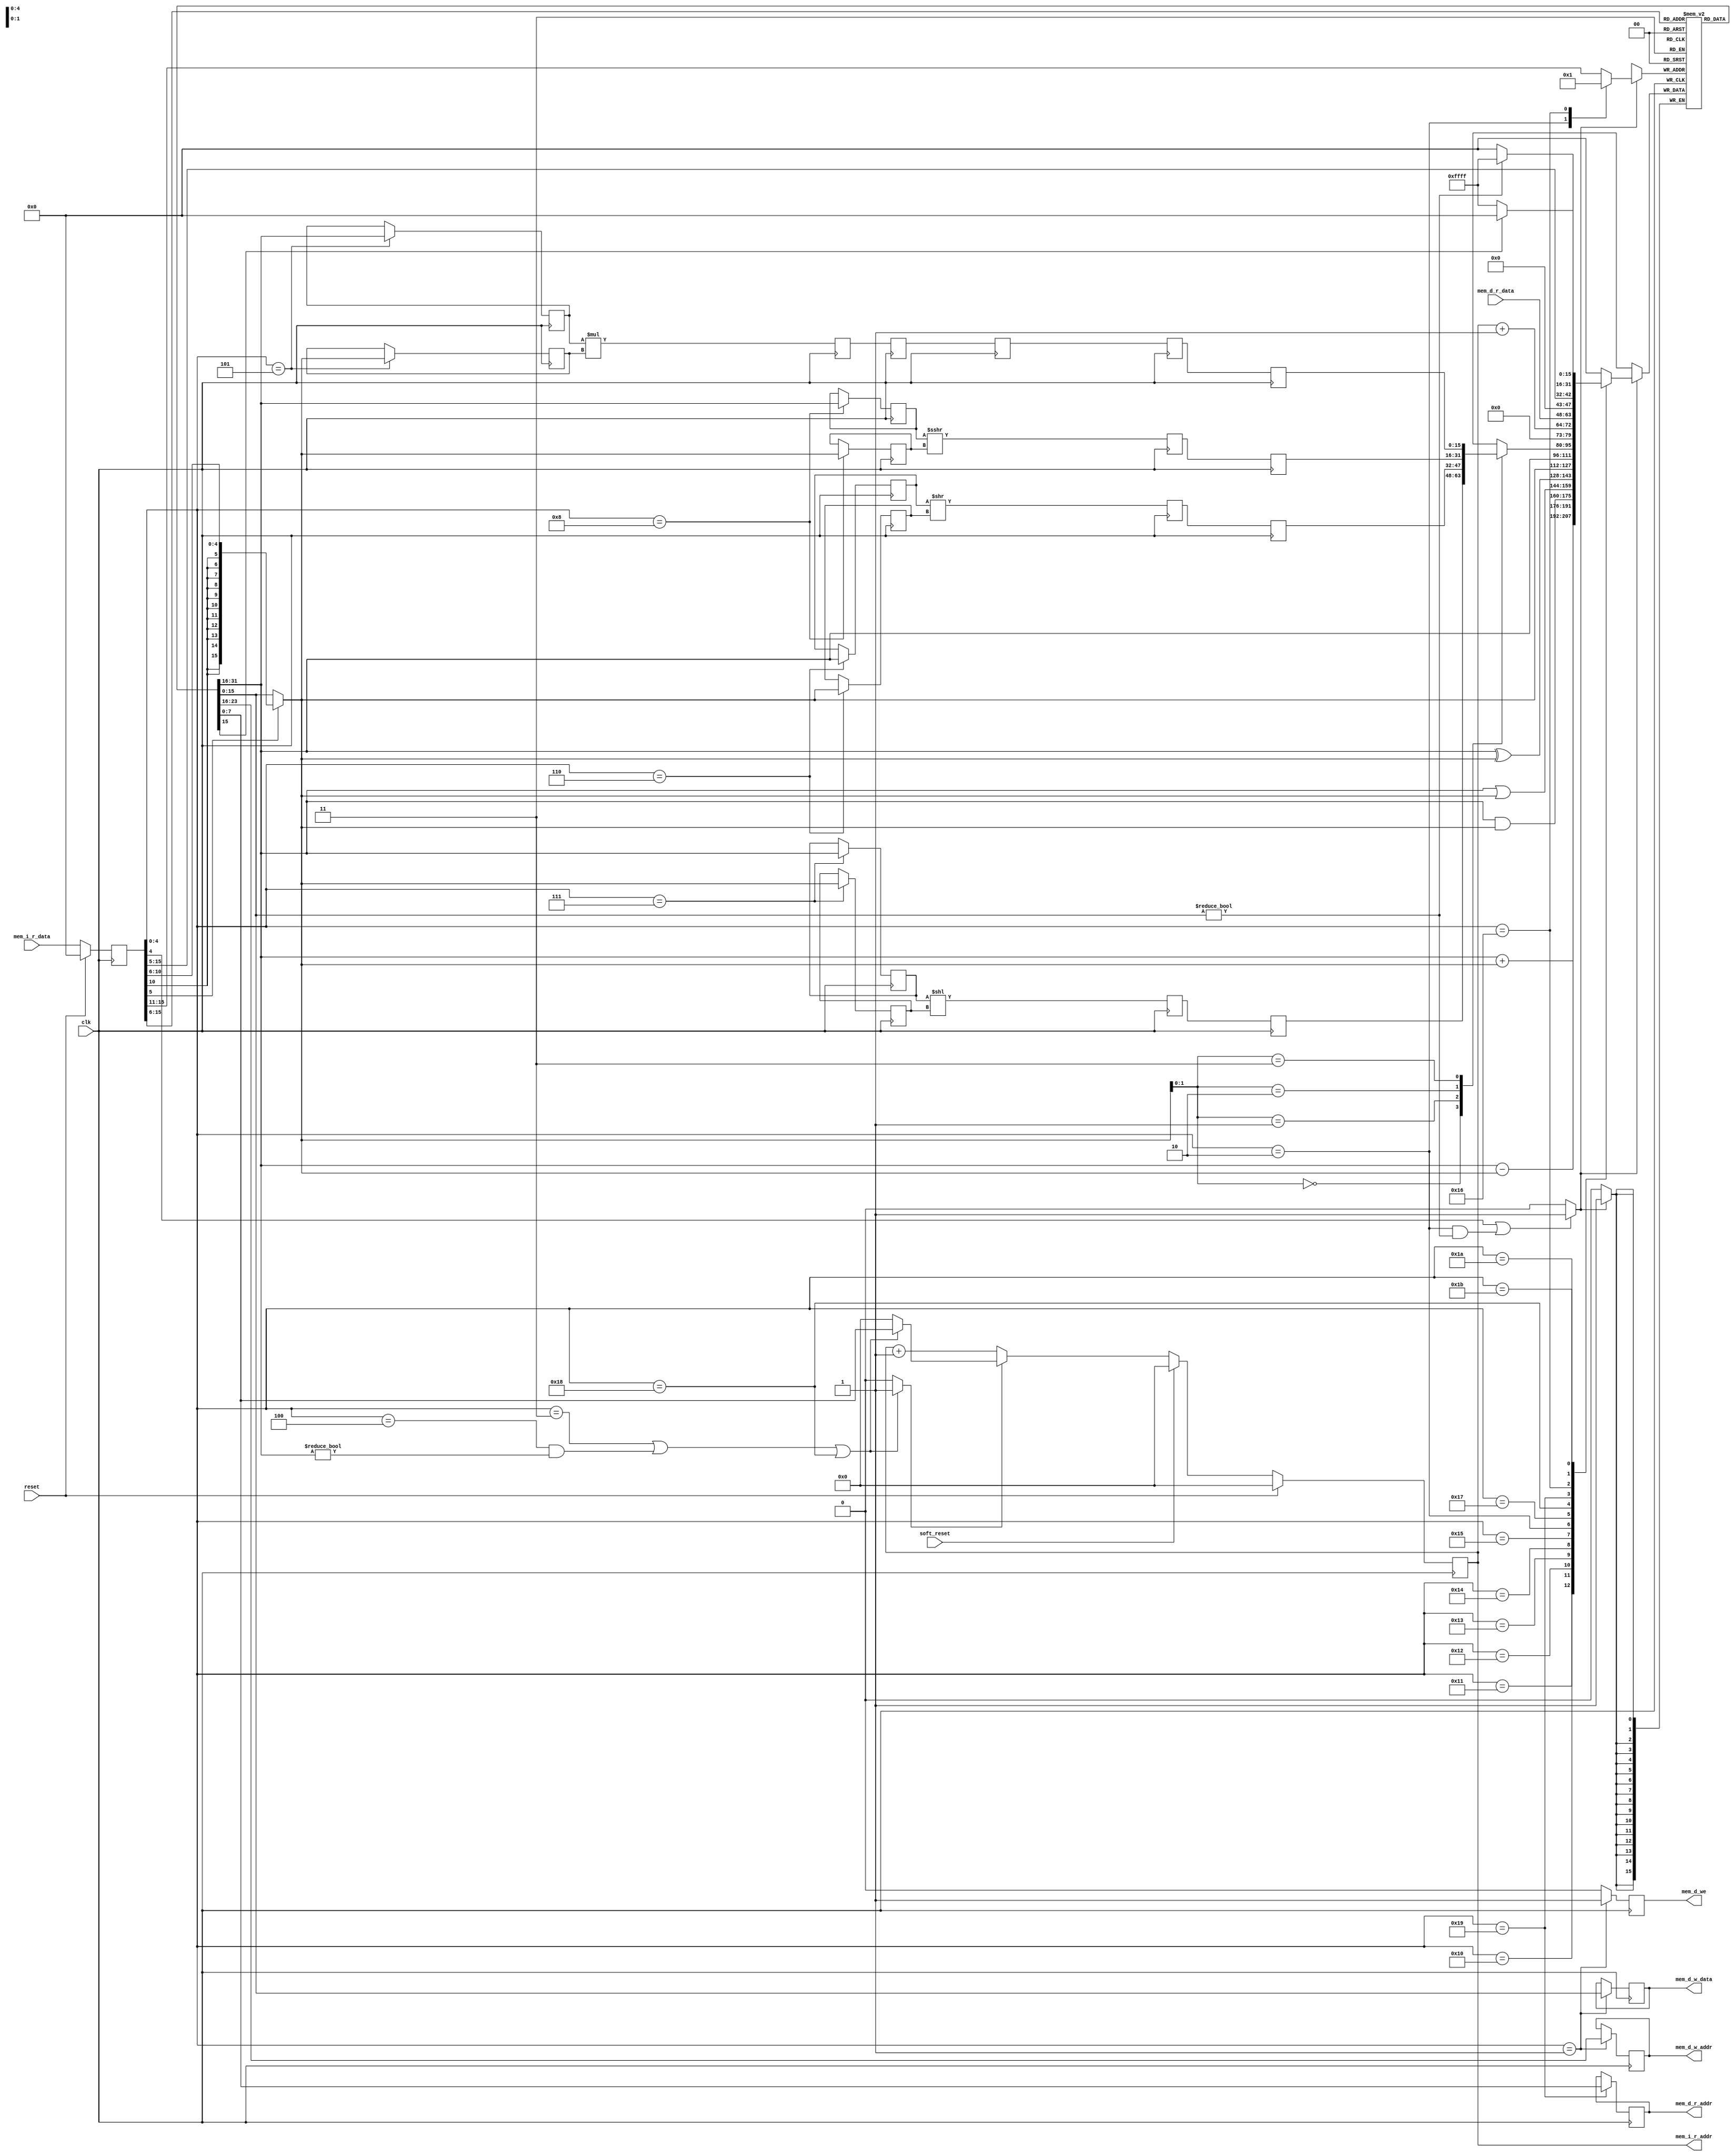
module mini16sc_cpu
  #(
    parameter WIDTH_I = 16,
    parameter WIDTH_D = 16,
    parameter DEPTH_I = 8,
    parameter DEPTH_D = 8,
    parameter DEPTH_REG = 5
    )
  (
   input                    clk,
   input                    reset,
   input                    soft_reset,
   output reg [DEPTH_I-1:0] mem_i_r_addr,
   input [WIDTH_I-1:0]      mem_i_r_data,
   output reg [DEPTH_D-1:0] mem_d_r_addr,
   input [WIDTH_D-1:0]      mem_d_r_data,
   output reg [DEPTH_D-1:0] mem_d_w_addr,
   output reg [WIDTH_D-1:0] mem_d_w_data,
   output reg               mem_d_we
   );

  localparam TRUE = 1'b1;
  localparam FALSE = 1'b0;
  localparam ONE = 1'd1;
  localparam ZERO = 1'd0;
  localparam FFFF = {WIDTH_D{1'b1}};
  localparam SHIFT_BITS = $clog2(WIDTH_D);
  localparam DEPTH_OPERAND = 5;
  localparam MUL_DELAY = 3;
  localparam BL_OFFSET = 1'd1;

  // opcode
  // reg_we: FALSE
  localparam I_NOP  = 5'h00;
  localparam I_ST   = 5'h01;
  localparam I_MVC  = 5'h02;
  localparam I_BA   = 5'h03;
  localparam I_BC   = 5'h04;
  localparam I_MUL  = 5'h05;
  localparam I_SR   = 5'h06;
  localparam I_SL   = 5'h07;
  localparam I_SRA  = 5'h08;
  // reg_we: TRUE
  localparam I_ADD  = 5'h10;
  localparam I_SUB  = 5'h11;
  localparam I_AND  = 5'h12;
  localparam I_OR   = 5'h13;
  localparam I_XOR  = 5'h14;
  localparam I_MV   = 5'h15;
  localparam I_MVIL = 5'h16;
  localparam I_MVS  = 5'h17;
  localparam I_BL   = 5'h18;
  localparam I_LD   = 5'h19;
  localparam I_CNZ  = 5'h1a;
  localparam I_CNM  = 5'h1b;

  localparam SP_REG_MVC = 0;
  localparam SP_REG_MVIL = 1;

  reg [WIDTH_I-1:0]        inst;
  wire [DEPTH_OPERAND-1:0] ol_d;
  wire [DEPTH_OPERAND-1:0] ol_a;
  wire [10:0]              im_l;
  wire                     is_im;
  wire [4:0]               op;
  reg                      do_jump;
  reg [DEPTH_I-1:0]        jump_addr;
  reg [WIDTH_D-1:0]        reg_data_w;
  reg [WIDTH_D-1:0]        reg_data_r_d;
  reg [WIDTH_D-1:0]        reg_data_r_a;
  wire [WIDTH_D-1:0]       reg_addr_a;
  reg [DEPTH_REG-1:0]      reg_addr_w;
  reg                      reg_we;
  reg [WIDTH_D-1:0]        alu_din_d,  alu_din_a;
  reg [WIDTH_D-1:0]        result_sl,  sl_pd,  sl_pa,  sl_b;
  reg [WIDTH_D-1:0]        result_sr,  sr_pd,  sr_pa,  sr_b;
  reg [WIDTH_D-1:0]        result_sra, sra_pd, sra_pa, sra_b;
  reg [WIDTH_D-1:0]        result_mul, mul_pd, mul_pa;
  reg [WIDTH_D-1:0]        mul_b [0:MUL_DELAY];
  reg [WIDTH_D-1:0]        regfile [0:(1<<DEPTH_REG)-1];
  reg [WIDTH_D-1:0]        reg_sp [0:3];
  reg                      reg_a_nz;
  reg                      reg_a_nm;
  integer                  i;

  assign ol_d = inst[15:11];
  assign ol_a = inst[10:6];
  assign is_im = inst[5];
  assign op = inst[4:0];
  assign im_l = inst[15:5];

  always @*
  begin
    // register read
    reg_data_r_d = regfile[ol_d];
    reg_data_r_a = regfile[ol_a];

    reg_a_nz = (reg_data_r_a != ZERO);
    reg_a_nm = (reg_data_r_a[WIDTH_D-1] == 1'b0);

    // register write
    case (op)
      I_MVC:   reg_addr_w = SP_REG_MVC;
      I_MVIL:  reg_addr_w = SP_REG_MVIL;
      default: reg_addr_w = ol_d;
    endcase
    if ((op[4] == TRUE) || ((op == I_MVC) && (reg_a_nz == TRUE)))
      reg_we = TRUE;
    else
      reg_we = FALSE;

    // branch
    if ((op == I_BA) || ((op == I_BC) && (reg_data_r_d != ZERO)) || (op == I_BL))
    begin
      do_jump = TRUE;
      jump_addr = reg_data_r_a;
    end
    else
    begin
      do_jump = FALSE;
      jump_addr = ZERO;
    end

    // ALU
    alu_din_d = reg_data_r_d;
    if (is_im == TRUE)
      alu_din_a = $signed(ol_a);
    else
      alu_din_a = reg_data_r_a;

    case (op)
      I_ADD: reg_data_w = alu_din_d + alu_din_a;
      I_SUB: reg_data_w = alu_din_d - alu_din_a;
      I_AND: reg_data_w = alu_din_d & alu_din_a;
      I_OR:  reg_data_w = alu_din_d | alu_din_a;
      I_XOR: reg_data_w = alu_din_d ^ alu_din_a;
      I_MV:  reg_data_w = alu_din_a;
      I_MVC: reg_data_w = alu_din_d;
      I_MVS: reg_data_w = reg_sp[alu_din_a];
      I_BL:  reg_data_w = mem_i_r_addr + BL_OFFSET;
      I_LD:  reg_data_w = mem_d_r_data;
      I_MVIL: reg_data_w = im_l;
      I_CNZ:
        begin
          if (reg_a_nz == TRUE)
            reg_data_w = {WIDTH_D{TRUE}};
          else
            reg_data_w = {WIDTH_D{FALSE}};
        end
      I_CNM:
        begin
          if (reg_a_nm == TRUE)
            reg_data_w = {WIDTH_D{TRUE}};
          else
            reg_data_w = {WIDTH_D{FALSE}};
        end
      default: reg_data_w = ZERO;
    endcase
  end

  always @(posedge clk)
  begin
    // register write
    if (reg_we == 1'b1)
    begin
      regfile[reg_addr_w] <= reg_data_w;
    end

    // PC
    if (reset == TRUE)
    begin
      mem_i_r_addr <= ZERO;
    end
    else
    begin
      if (soft_reset == TRUE)
      begin
        mem_i_r_addr <= ZERO;
      end
      else
      begin
        if (do_jump == TRUE)
        begin
          mem_i_r_addr <= jump_addr;
        end
        else
        begin
          mem_i_r_addr <= mem_i_r_addr + ONE;
        end
      end
    end

    // fetch
    if (reset == TRUE)
      inst <= ZERO;
    else
      inst <= mem_i_r_data;

    // load, store
    if (op == I_LD)
      mem_d_r_addr <= reg_data_r_a;
    if (op == I_ST)
      mem_d_w_addr <= reg_data_r_d;
    if (op == I_ST)
      mem_d_w_data <= reg_data_r_a;
    if (op == I_ST)
      mem_d_we <= TRUE;
    else
      mem_d_we <= FALSE;

    // mul
    if (op == I_MUL)
    begin
      mul_pd <= alu_din_d;
      mul_pa <= alu_din_a;
    end
    mul_b[0] <= mul_pd * mul_pa;
    for (i = 0; i < MUL_DELAY; i = i + 1)
    begin: gen_mul_b
      mul_b[i + 1] <= mul_b[i];
    end
    reg_sp[3] <= mul_b[MUL_DELAY];

    // shift
    if (op == I_SL)
    begin
      sl_pd <= alu_din_d;
      sl_pa <= alu_din_a;
    end
    sl_b <= sl_pd << sl_pa;
    reg_sp[0] <= sl_b;

    if (op == I_SR)
    begin
      sr_pd <= alu_din_d;
      sr_pa <= alu_din_a;
    end
    sr_b <= sr_pd >> sr_pa;
    reg_sp[1] <= sr_b;

    if (op == I_SRA)
    begin
      sra_pd <= alu_din_d;
      sra_pa <= alu_din_a;
    end
    sra_b <= $signed(sra_pd) >>> sra_pa;
    reg_sp[2] <= sra_b;
  end
endmodule